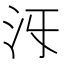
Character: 𣲐